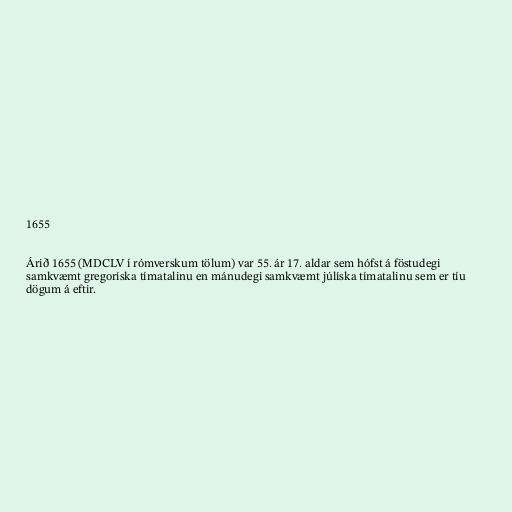
1655

Árið 1655 (MDCLV í rómverskum tölum) var 55. ár 17. aldar sem hófst á föstudegi
samkvæmt gregoríska tímatalinu en mánudegi samkvæmt júlíska tímatalinu sem er tíu
dögum á eftir.